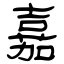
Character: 嘉